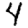
Digit: 4